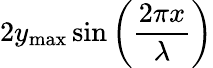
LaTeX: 2y_{\mathrm{max}}\sin\left({\frac{2\pi x}{\lambda}}\right)